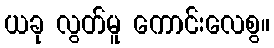
ယခု လွတ်မူ ကောင်းလေစွ။